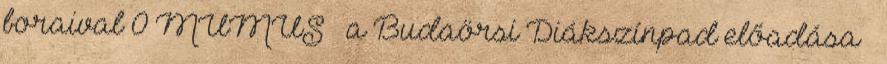
boraival 0 MUMUS – a Budaörsi Diákszínpad előadása –